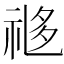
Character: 𬒼